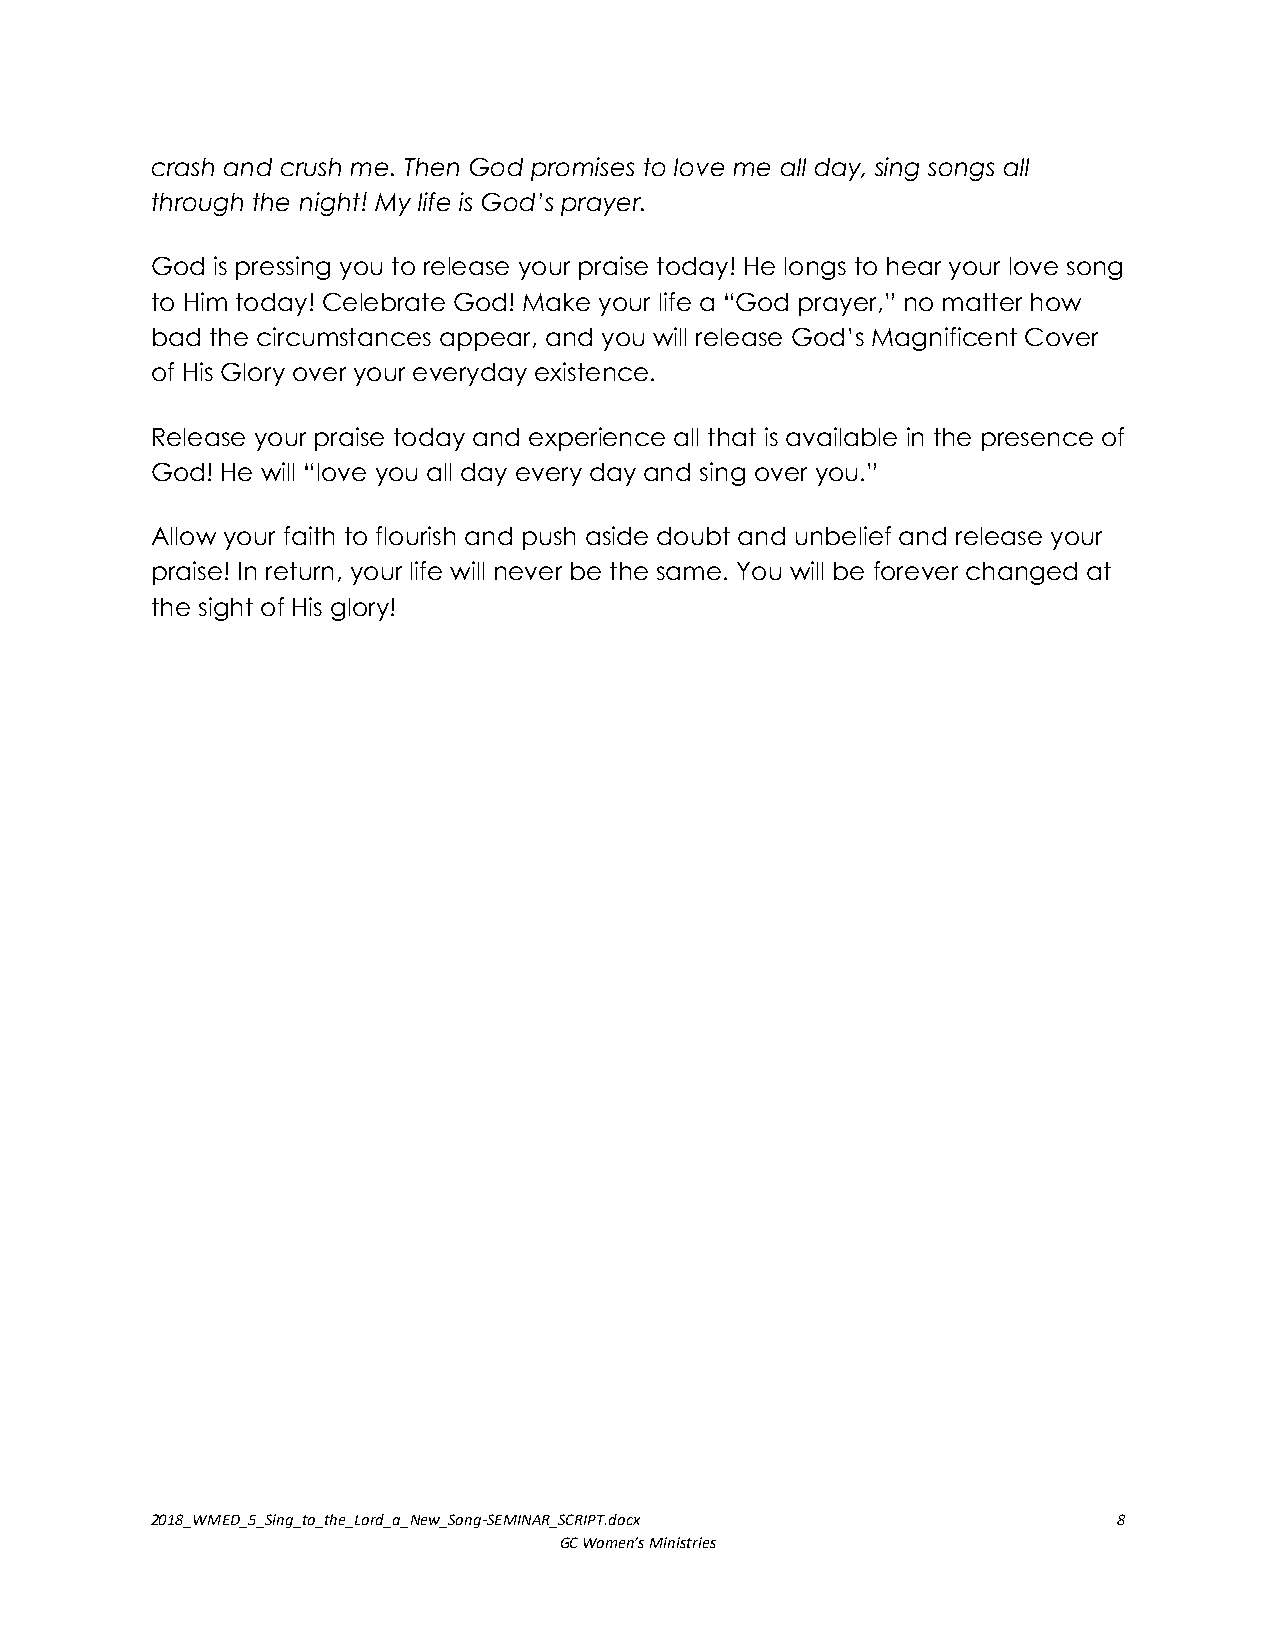
crash and crush me. Then God promises to love me all day, sing songs all
 through the night! My life is God’s prayer.
 God is pressing you to release your praise today! He longs to hear your love song
 to Him today! Celebrate God! Make your life a “God prayer,” no matter how
 bad the circumstances appear, and you will release God’s Magnificent Cover
 of His Glory over your everyday existence.
 Release your praise today and experience all that is available in the presence of
 God! He will “love you all day every day and sing over you.”
 Allow your faith to flourish and push aside doubt and unbelief and release your
 praise! In return, your life will never be the same. You will be forever changed at
 the sight of His glory!
 2018_WMED_5_Sing_to_the_Lord_a_New_Song-SEMINAR_SCRIPT.docx     8
 GC Women’s Ministries